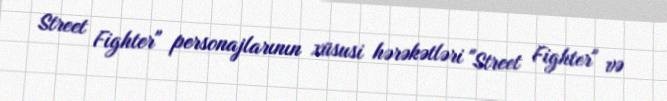
Street Fighter" personajlarının xüsusi hərəkətləri "Street Fighter" və